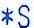
*S